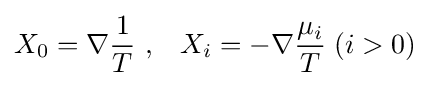
X_{0}=\nabla {\frac {1}{T}}\ ,\;\;\;X_{i}=-\nabla {\frac {\mu _{i}}{T}}\;(i>0)